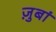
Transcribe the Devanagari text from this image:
ज़ुबां